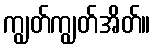
ကျွတ်ကျွတ်အိတ်။